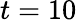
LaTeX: t=10